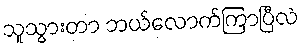
သူသွားတာ ဘယ်လောက်ကြာပြီလဲ